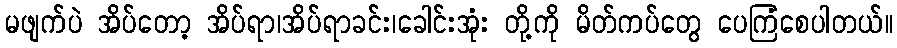
မဖျက်ပဲ အိပ်တော့ အိပ်ရာ၊အိပ်ရာခင်း၊ခေါင်းအုံး တို့ကို မိတ်ကပ်တွေ ပေကြံစေပါတယ်။